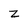
Character: z